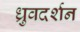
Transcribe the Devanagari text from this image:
ध्रुवदर्शन